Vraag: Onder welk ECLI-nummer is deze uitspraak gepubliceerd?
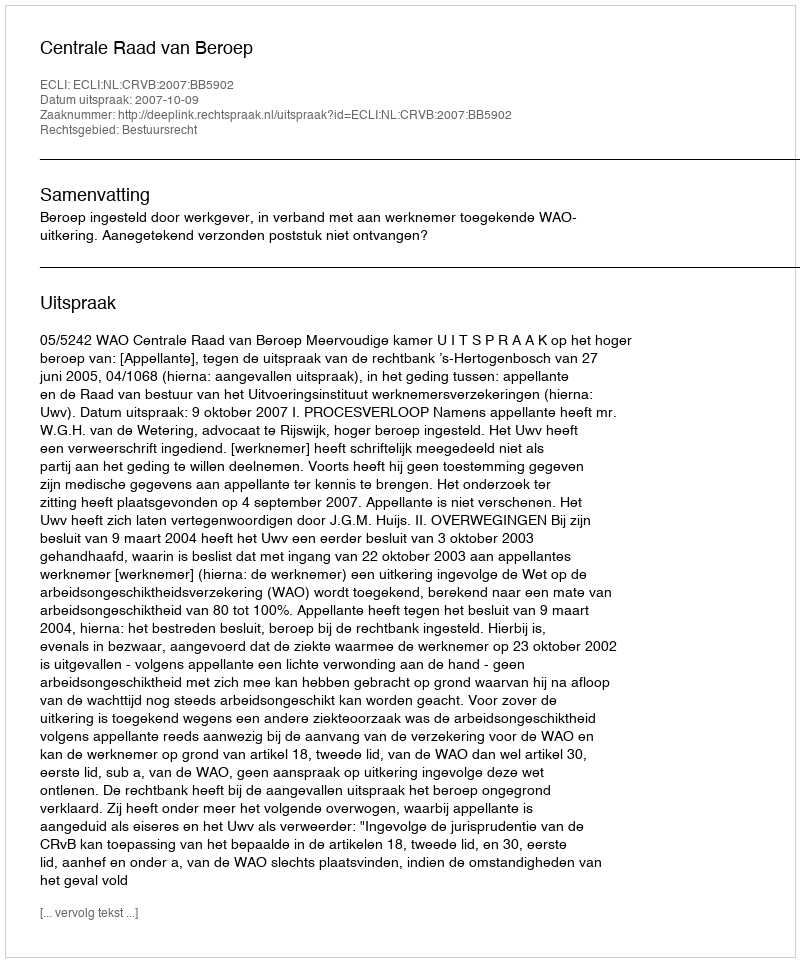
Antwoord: ECLI:NL:CRVB:2007:BB5902